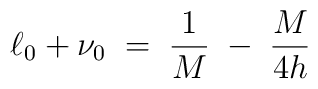
\ell_0 + \nu_0\; =\; \frac{1}{M}\; -\; \frac{M}{4h}